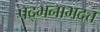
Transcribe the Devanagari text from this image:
पद्भनाभदत्त